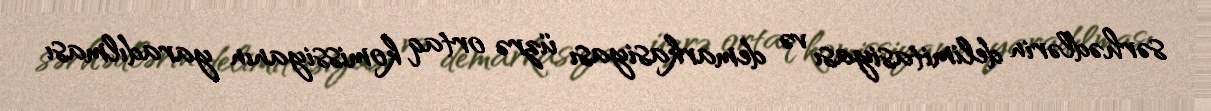
sərhədlərin delimitasiyası və demarkasiyası üzrə ortaq komissiyanın yaradılması